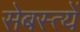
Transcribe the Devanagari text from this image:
सेबस्त्यें